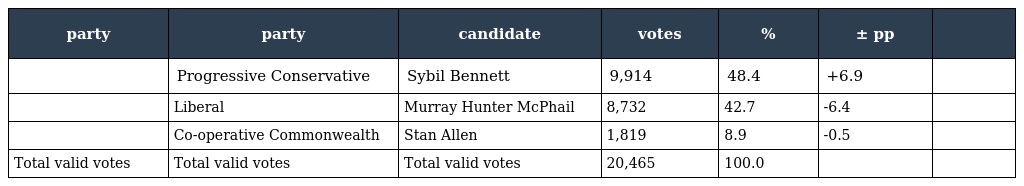
| party | party | candidate | votes | % | ± pp |  |
 | --- | --- | --- | --- | --- | --- | --- |
 |  | Progressive Conservative | Sybil Bennett | 9,914 | 48.4 | +6.9 |  |
 |  | Liberal | Murray Hunter McPhail | 8,732 | 42.7 | -6.4 |  |
 |  | Co-operative Commonwealth | Stan Allen | 1,819 | 8.9 | -0.5 |  |
 | Total valid votes | Total valid votes | Total valid votes | 20,465 | 100.0 |  |  |